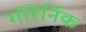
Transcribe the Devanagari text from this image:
गोरेनिंक